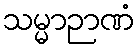
သမ္မာဉာဏံ